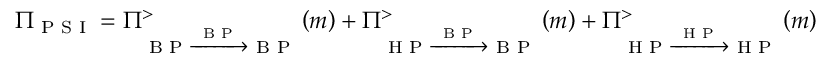
\Pi _ { \textrm { P S I } } = \Pi _ { \textrm { B P } \xrightarrow { \textrm { B P } } \textrm { B P } } ^ { > } \left( m \right) + \Pi _ { \textrm { H P } \xrightarrow { \textrm { B P } } \textrm { B P } } ^ { > } \left( m \right) + \Pi _ { \textrm { H P } \xrightarrow { \textrm { H P } } \textrm { H P } } ^ { > } \left( m \right)